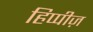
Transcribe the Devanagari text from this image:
हिप्पीज़